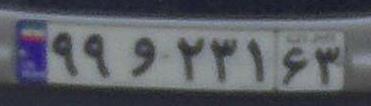
۹۹و۲۳۱۶۳